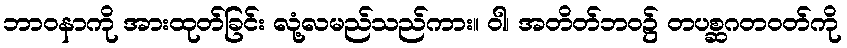
ဘာဝနာကို အားထုတ်ခြင်း လုံ့လမည်သည်ကား။ ဝါ၊ အတိတ်ဘဝ၌ တပစ္ဆဂတဝတ်ကို